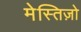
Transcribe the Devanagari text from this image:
मेस्तिज़ो